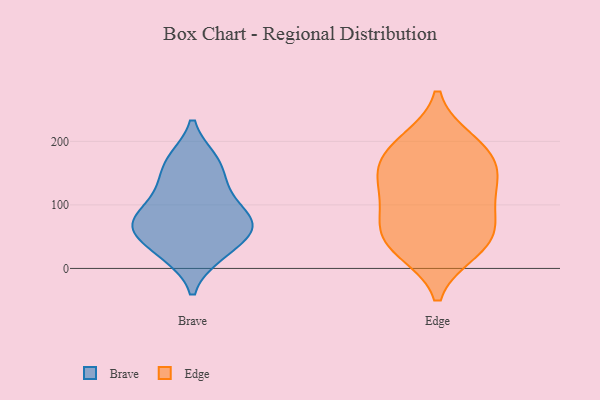
{"axis": {"x": "LTV (USD)", "y": "Value"}, "legend": ["Brave", "Edge"], "data": [{"x": "", "y": 128, "type": "Brave"}, {"x": "", "y": 59, "type": "Brave"}, {"x": "", "y": 75, "type": "Brave"}, {"x": "", "y": 170, "type": "Brave"}, {"x": "", "y": 117, "type": "Brave"}, {"x": "", "y": 75, "type": "Brave"}, {"x": "", "y": 72, "type": "Brave"}, {"x": "", "y": 168, "type": "Brave"}, {"x": "", "y": 65, "type": "Brave"}, {"x": "", "y": 25, "type": "Brave"}, {"x": "", "y": 22, "type": "Brave"}, {"x": "", "y": 193, "type": "Edge"}, {"x": "", "y": 76, "type": "Edge"}, {"x": "", "y": 40, "type": "Edge"}, {"x": "", "y": 137, "type": "Edge"}, {"x": "", "y": 107, "type": "Edge"}, {"x": "", "y": 167, "type": "Edge"}, {"x": "", "y": 199, "type": "Edge"}, {"x": "", "y": 29, "type": "Edge"}, {"x": "", "y": 129, "type": "Edge"}, {"x": "", "y": 165, "type": "Edge"}, {"x": "", "y": 68, "type": "Edge"}, {"x": "", "y": 38, "type": "Edge"}]}